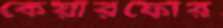
কেয়ারফোর